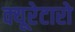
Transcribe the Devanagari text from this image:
क्यूरेटारो